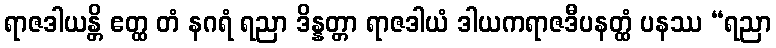
ရာဇဒါယန္တိ ဧတ္ထ တံ နဂရံ ရညာ ဒိန္နတ္တာ ရာဇဒါယံ ဒါယကရာဇဒီပနတ္ထံ ပနဿ “ရညာ